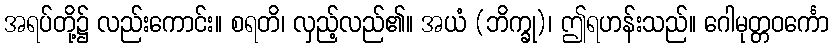
အရပ်တို့၌ လည်းကောင်း။ စရတိ၊ လှည့်လည်၏။ အယံ (ဘိက္ခု)၊ ဤရဟန်းသည်။ ဂေါမုတ္တဝင်္ကော